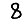
Digit: 8